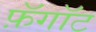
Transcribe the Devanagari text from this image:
फ़ॅगॉट